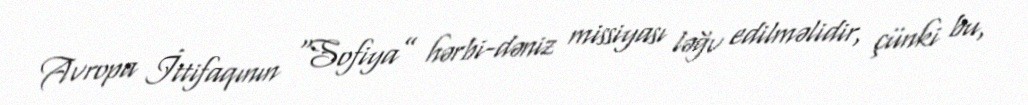
Avropa İttifaqının “Sofiya” hərbi-dəniz missiyası ləğv edilməlidir, çünki bu,